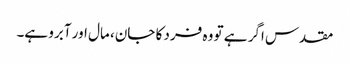
مقدس اگر ہے تو وہ فرد کا جان، مال اور آبرو ہے۔